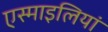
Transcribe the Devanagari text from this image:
एस्माइलियां